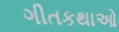
ગીતકથાઓ